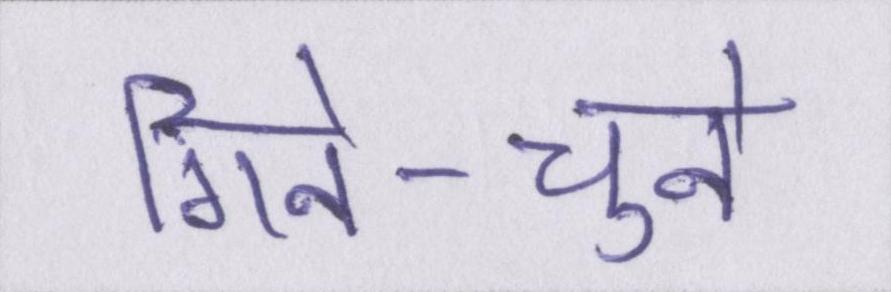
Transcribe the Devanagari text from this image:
गिने-चुने